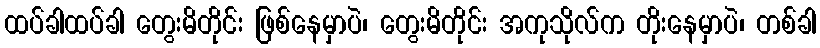
ထပ်ခါထပ်ခါ တွေးမိတိုင်း ဖြစ်နေမှာပဲ၊ တွေးမိတိုင်း အကုသိုလ်က တိုးနေမှာပဲ၊ တစ်ခါ